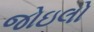
જોઇલો